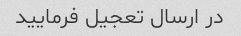
در ارسال تعجیل فرمایید